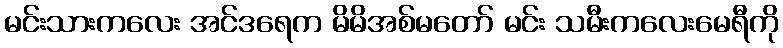
မင်းသားကလေး အင်ဒရေက မိမိအစ်မတော် မင်း သမီးကလေးမေရီကို